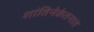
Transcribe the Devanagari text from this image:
शांतिनेकेतनात